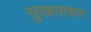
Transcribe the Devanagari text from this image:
सुखसाधन